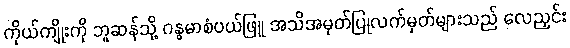
ကိုယ်ကျိုးကို ဘူဆန်သို့ ဂန္ဓမာစံပယ်ဖြူ အသိအမှတ်ပြုလက်မှတ်များသည် လေညှင်း